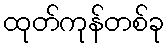
ထုတ်ကုန်တစ်ခု